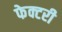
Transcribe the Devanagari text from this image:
फेक्टरी